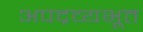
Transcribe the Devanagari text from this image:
अपद्रव्यभूत